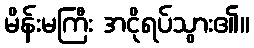
မိန်းမကြီး အငိုရပ်သွား၏။